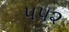
૫૫૨